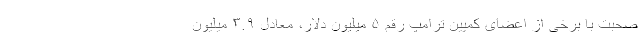
صحبت با برخی از اعضای کمپین ترامپ رقم ۵ میلیون دلار، معادل ۳.۹ میلیون